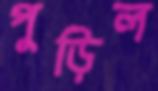
পুড়িল